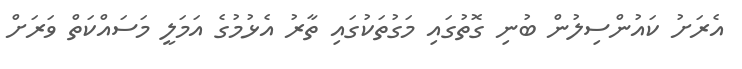
އެރަށު ކައުންސިލުން ބުނި ގޮތުގައި މަގުތަކުގައި ތާރު އެޅުމުގެ އަމަލީ މަސައްކަތް ވަރަށް